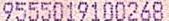
9555019100268